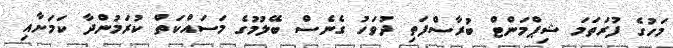
މަހުގެ ފުރަތަމަ ޝިޕްމަންޓް ބުރާސްފަތި ދުވަހު ގެނެސް ބޭލުމުގެ މަސައްކަތް ކުރަމުންދާ ކަމަށާއި